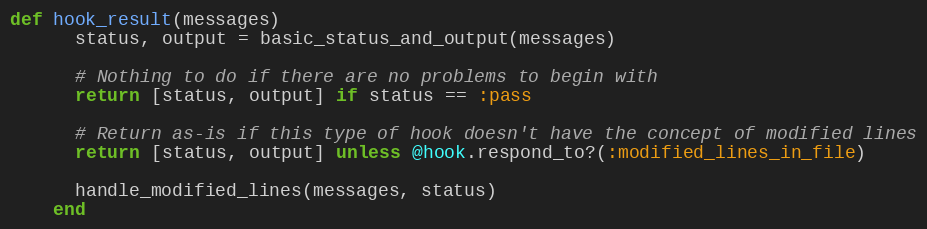
Language: Ruby
def hook_result(messages)
      status, output = basic_status_and_output(messages)

      # Nothing to do if there are no problems to begin with
      return [status, output] if status == :pass

      # Return as-is if this type of hook doesn't have the concept of modified lines
      return [status, output] unless @hook.respond_to?(:modified_lines_in_file)

      handle_modified_lines(messages, status)
    end